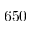
6 5 0